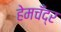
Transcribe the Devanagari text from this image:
हेमचँद्र